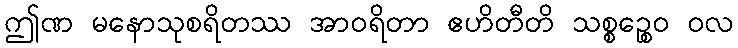
ဤဏ မနောသုစရိတဿ အာဝရိတာ ဧဟိတီတိ သစ္စဉ္စေဝ ဝလ